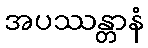
အပဿန္တာနံ